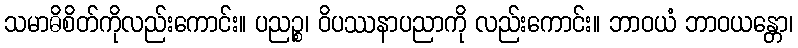
သမာဓိစိတ်ကိုလည်းကောင်း။ ပညဉ္စ၊ ဝိပဿနာပညာကို လည်းကောင်း။ ဘာဝယံ ဘာဝယန္တော၊